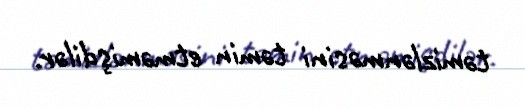
təmizlənməsini təmin etməmişdilər.